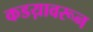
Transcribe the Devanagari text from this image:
कडय़ावरून